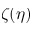
\zeta ( \eta )